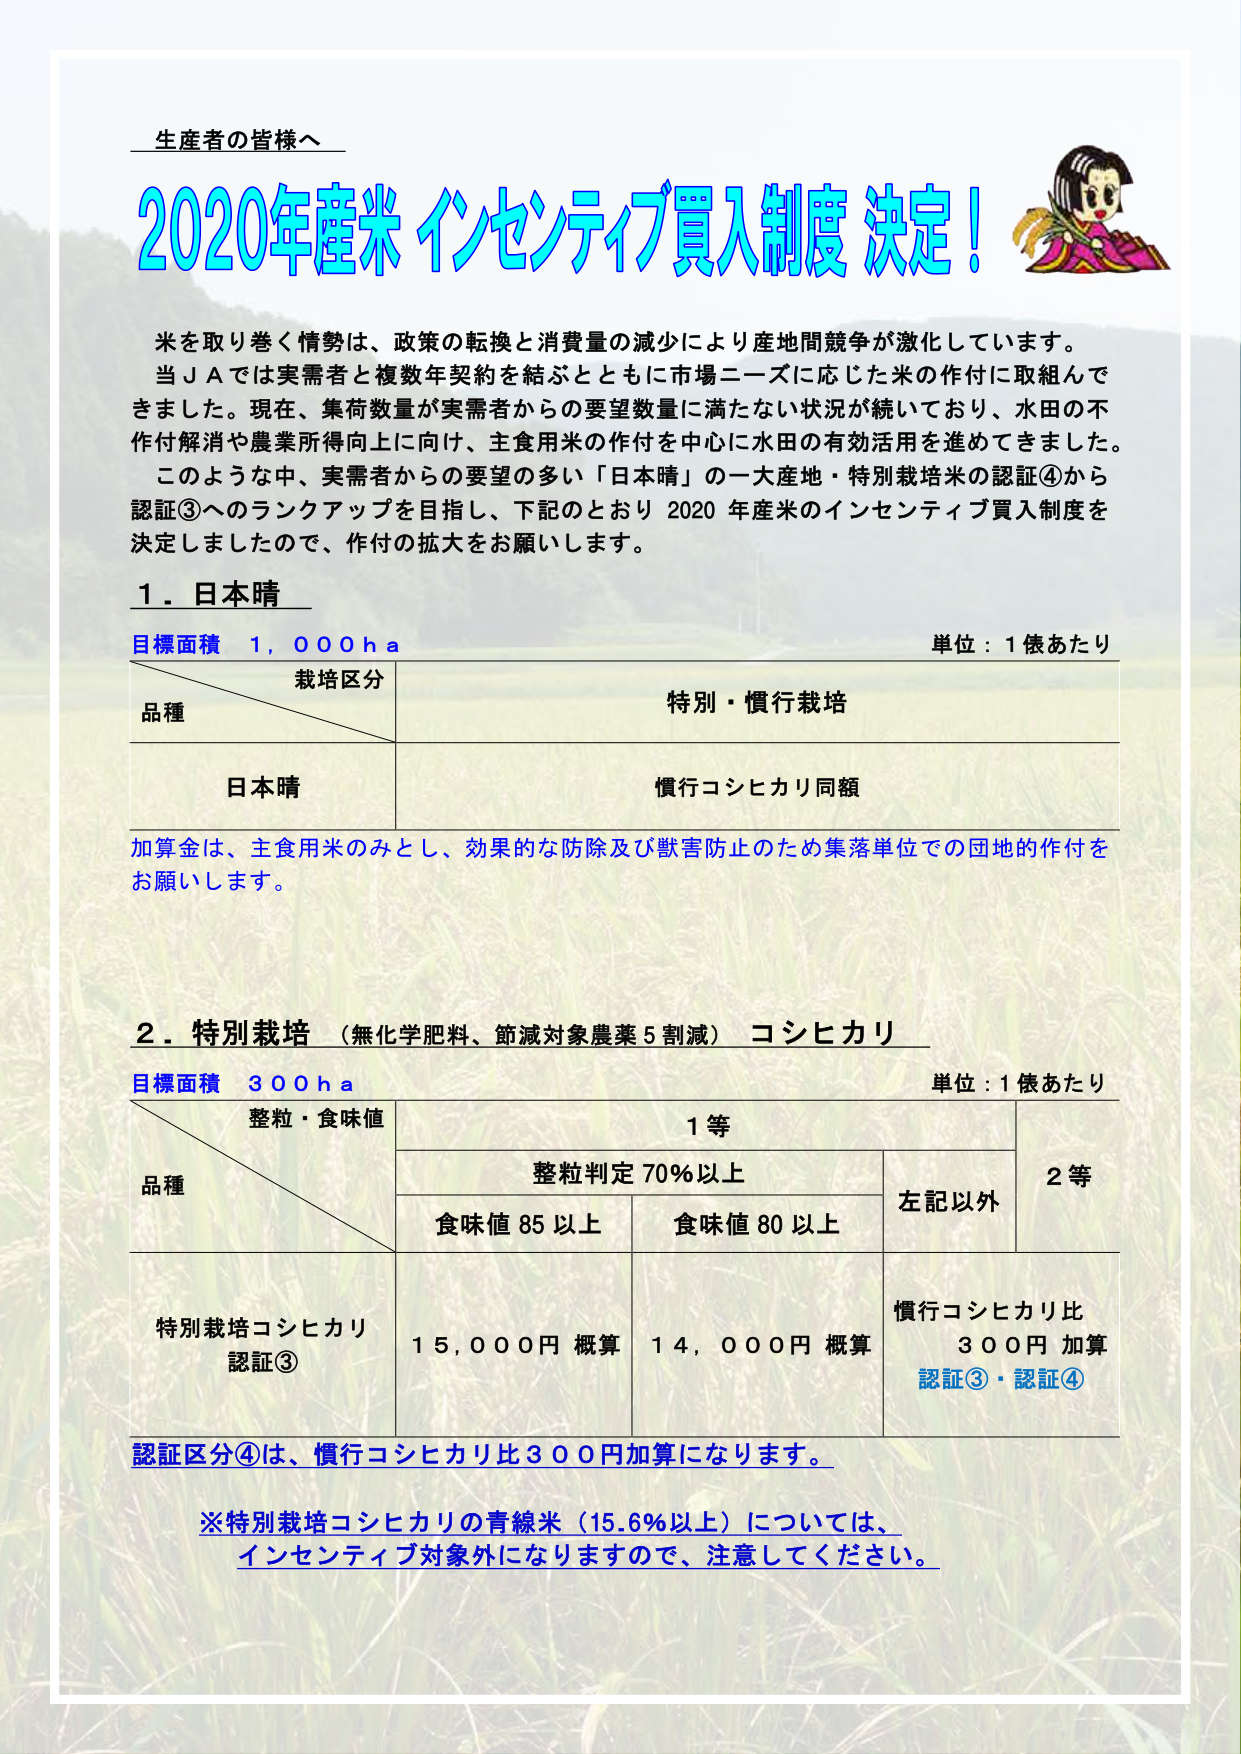
生産者の皆様へ

2020年産米 インセンティブ買入制度 決定！

米を取り巻く情勢は、政策の転換と消費量の減少により産地間競争が激化しています。
当ＪＡでは実需者と複数年契約を結ぶとともに市場ニーズに応じた米の作付に取組んできました。現在、集荷数量が実需者からの要望数量に満たない状況が続いており、水田の不作付解消や農業所得向上に向け、主食用米の作付を中心に水田の有効活用を進めてきました。
このような中、実需者からの要望の多い「日本晴」の一大産地・特別栽培米の認証④から認証③へのランクアップを目指し、下記のとおり 2020 年産米のインセンティブ買入制度を決定しましたので、作付の拡大をお願いします。

１．日本晴

目標面積 1,000ｈａ
単位：1俵あたり

栽培区分
品種
特別・慣行栽培

日本晴
慣行コシヒカリ同額

加算金は、主食用米のみとし、効果的な防除及び獣害防止のため集落単位での団地的作付をお願いします。

２．特別栽培（無化学肥料、節減対象農薬5割減）コシヒカリ

目標面積 300ｈａ
単位：1俵あたり

整粒・食味値
品種
1等
2等

整粒判定 70％以上
左記以外

食味値 85 以上
食味値 80 以上

特別栽培コシヒカリ
認証③
15,000円 概算
14,000円 概算
慣行コシヒカリ比
300円 加算
認証③・認証④

認証区分④は、慣行コシヒカリ比300円加算になります。

※特別栽培コシヒカリの青線米（15.6％以上）については、
インセンティブ対象外になりますので、注意してください。